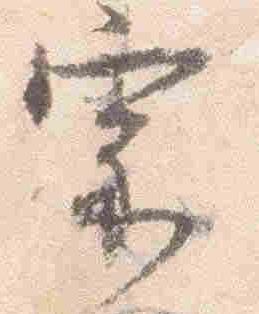
宗